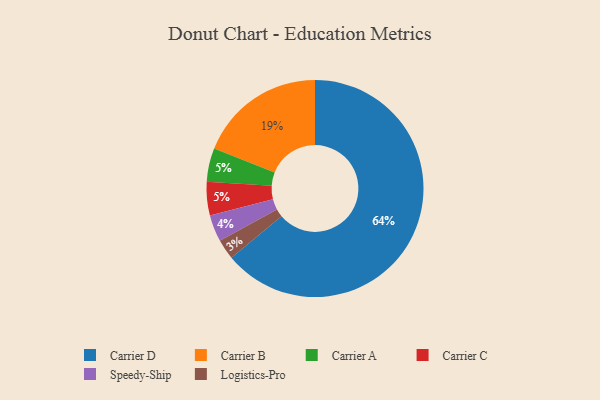
{"axis": {"x": "Category", "y": "Percentage"}, "legend": ["Carrier A", "Carrier B", "Carrier C", "Carrier D", "Logistics-Pro", "Speedy-Ship"], "data": [{"x": "Carrier D", "y": 64, "type": "Carrier D"}, {"x": "Carrier B", "y": 19, "type": "Carrier B"}, {"x": "Carrier A", "y": 5, "type": "Carrier A"}, {"x": "Speedy-Ship", "y": 4, "type": "Speedy-Ship"}, {"x": "Carrier C", "y": 5, "type": "Carrier C"}, {"x": "Logistics-Pro", "y": 3, "type": "Logistics-Pro"}]}